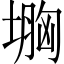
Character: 𡏠